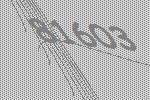
81603